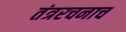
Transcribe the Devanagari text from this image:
तंत्ररचनाच